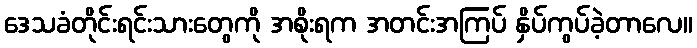
ဒေသခံတိုင်းရင်းသားတွေကို အစိုးရက အတင်းအကြပ် နှိပ်ကွပ်ခဲ့တာလေ။